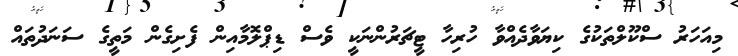
މިއަހަރު ސްކޫލްތަކުގެ ކިޔަވާދެއްވާ ހުރިހާ ޓީޗަރުންނަކީ ވެސް ޑިޕްލޮމާއިން ފެށިގެން މަތީގެ ސަނަދުތައް